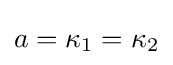
a=\kappa _{1}=\kappa _{2}